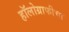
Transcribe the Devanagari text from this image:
हॉलोग्राफीचा